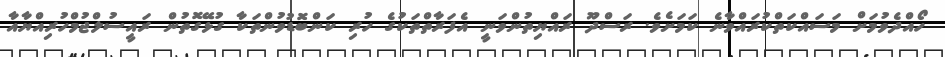
ހޯއްދެވުމަށް މަސައްކަތްކުރައްވާނެ ކަމަށެވެ. ރަސްދޫ ރައްޔިތުންވަނީ އެފަރާތްތަކުގެ ހުރި ކަންބޮޑުވުންތަކާ ގުޅޭގޮތުން ރައީސުލްޖުމްހުރިއްޔާއާ